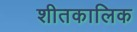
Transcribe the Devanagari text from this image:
शीतकालिक